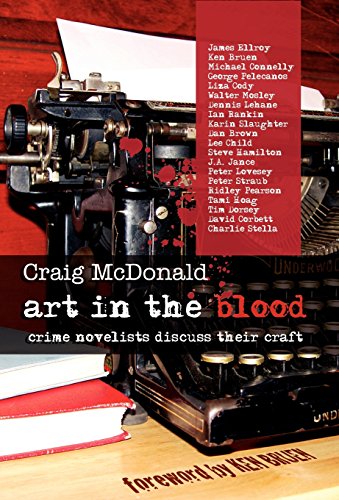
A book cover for Art in the Blood; Craig McDonald; Mystery, Thriller & Suspense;